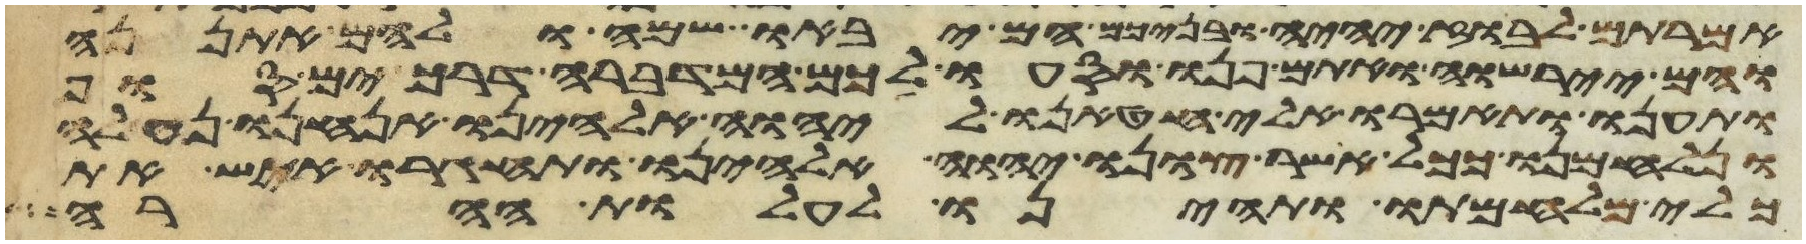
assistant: אמרתם לבוז יהיה ובניכם הם יבאו שם ולהם אתננה
והם יירשוה ואתם פנו וסעו לכם המדברה דרך ים סוף
ותענו ותאמרו אלי חטאנו ליהוה אלהינו אנחנו נעלה
ונלחמנו ככל אשר צונו יהוה אלהינו ותחגרו איש את
כלי מלחמתו ותהיינו לעלות ההרה